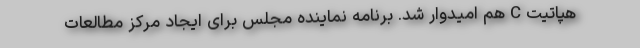
هپاتیت C هم امیدوار شد. برنامه نماینده مجلس برای ایجاد مرکز مطالعات